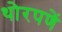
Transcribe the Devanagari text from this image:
थोरपणें